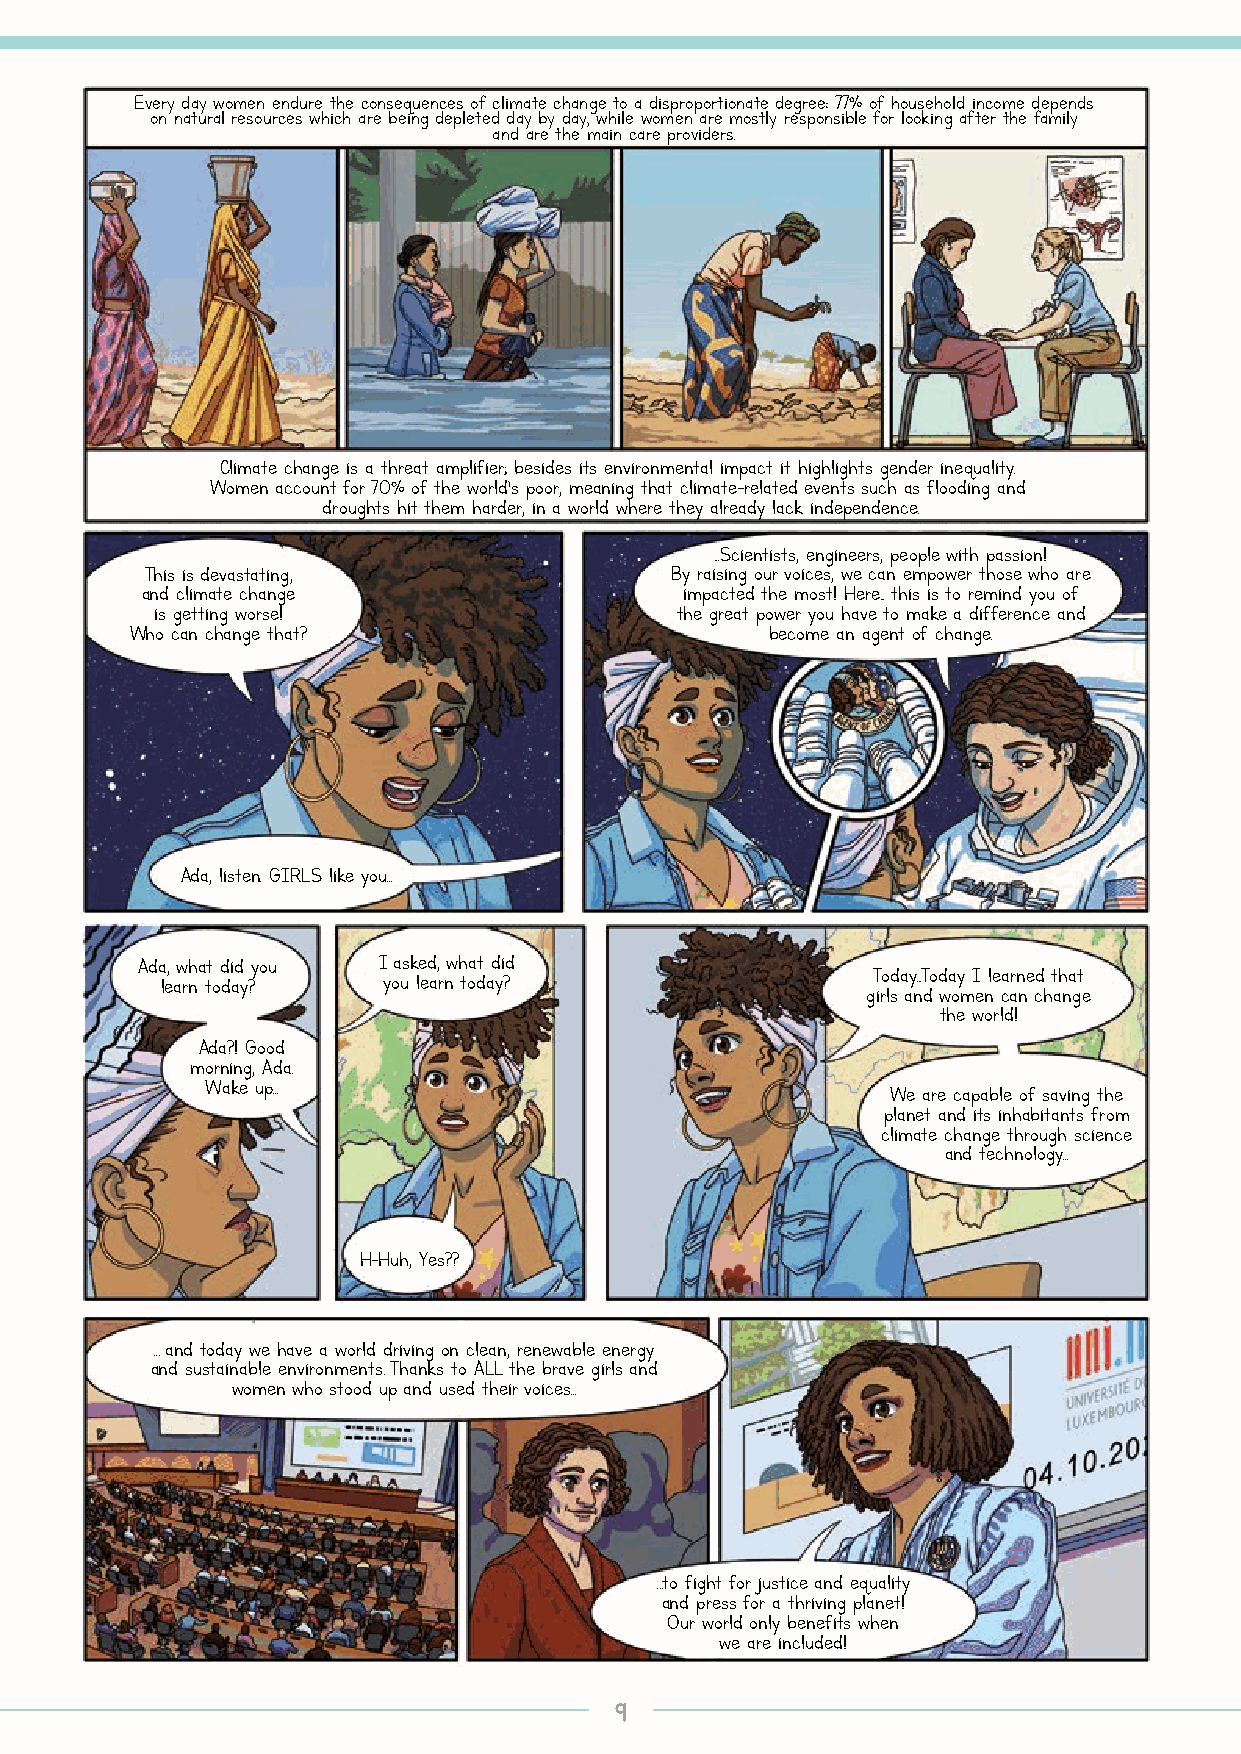
Every day women endure the consequences of climate change to a disproportionate degree: 77% of household income depends
 on natural resources which are being depleted day by day, while women are mostly responsible for looking after the family
 and are the main care providers.
 Climate change is a threat amplifier; besides its environmental impact it highlights gender inequality.
 Women account for 70% of the world’s poor, meaning that climate-related events such as flooding and
 droughts hit them harder, in a world where they already lack independence.
 ...Scientists, engineers, people with passion!
 This is devastating,              By raising our voices, we can empower those who are
 and climate change                  impacted the most! Here... this is to remind you of
 is getting worse!                  the great power you have to make a difference and
 Who can change that?                      become an agent of change.
 Ada, listen. GIRLS like you...
 Ada, what did you I asked, what did
 Today...Today I learned that
 learn today?  you learn today?
 girls and women can change
 the world!
 Ada?! Good
 morning, Ada.
 Wake up...
 We are capable of saving the
 planet and its inhabitants from
 climate change through science
 and technology...
 H-Huh, Yes??
 ... and today we have a world driving on clean, renewable energy
 and sustainable environments. Thanks to ALL the brave girls and
 women who stood up and used their voices...
 …to fight for justice and equality
 and press for a thriving planet!
 Our world only benefits when
 we are included!
 99